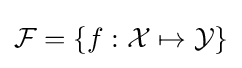
{\mathcal {F}}=\{f:{\mathcal {X}}\mapsto {\mathcal {Y}}\}